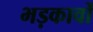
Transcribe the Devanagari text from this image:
भड़कावों